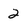
Character: 2